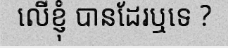
លើខ្ញុំ បានដែរឬទេ ?